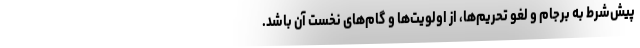
پیش‌شرط به برجام و لغو تحریم‌ها، از اولویت‌ها و گام‌های نخست آن باشد.